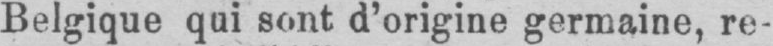
Belgique qui sont d’origine germaine, re-